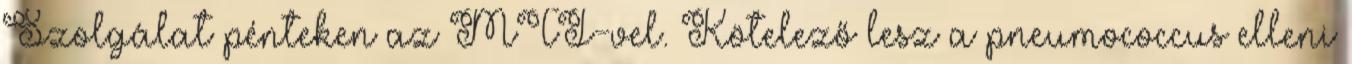
Szolgálat pénteken az MTI-vel. Kötelező lesz a pneumococcus elleni